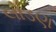
લોડણ